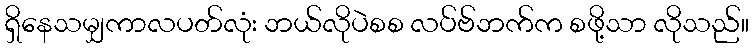
ရှိနေသမျှကာလပတ်လုံး ဘယ်လိုပဲစစ လပ်ဗ်ဘက်က စဖို့သာ လိုသည်။